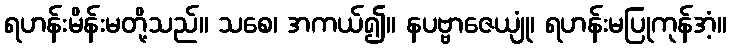
ရဟန်းမိန်းမတို့သည်။ သစေ၊ အကယ်၍။ နပဗ္ဗာဇေယျုံ၊ ရဟန်းမပြုကုန်အံ့။